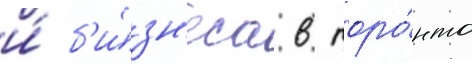
и́ б'и́зн'еса в торо́нто